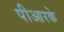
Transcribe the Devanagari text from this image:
पीआरके